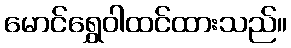
မောင်ရွှေဝါထင်ထားသည်။